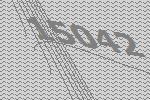
15042